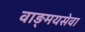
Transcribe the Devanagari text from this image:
वाङ्‌मयसेवा